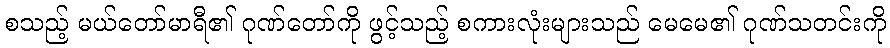
စသည့် မယ်တော်မာရီ၏ ဂုဏ်တော်ကို ဖွင့်သည့် စကားလုံးများသည် မေမေ၏ ဂုဏ်သတင်းကို